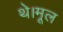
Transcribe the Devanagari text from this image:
थे।मूल